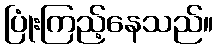
ပြုံးကြည့်နေသည်။